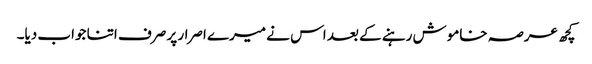
کچھ عرصہ خاموش رہنے کے بعد اس نے میرے اصرار پر صرف اتنا جواب دیا۔